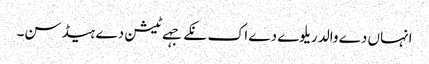
انہاں دے والد ریلوے دے اک نکے جہے ٹیشن دے ہیڈ سن۔